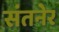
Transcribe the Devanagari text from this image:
संतनेर